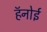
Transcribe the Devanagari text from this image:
हॅनोई